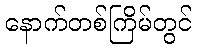
နောက်တစ်ကြိမ်တွင်